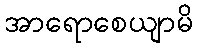
အာရောစေယျာမိ